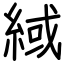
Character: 緎